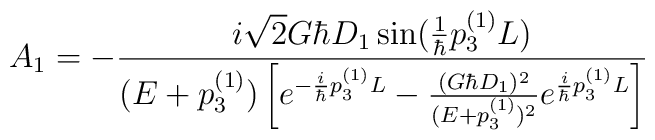
A_1=-\frac{i\sqrt{2}G\hbar D_1\sin(\frac{1}{\hbar}p_3^{(1)}L)} {(E+p_3^{(1)})\left[ e^{-\frac{i}{\hbar}p_3^{(1)}L}-\frac{(G\hbar D_1)^2}{(E+p_3^{(1)})^2} e^{\frac{i}{\hbar}p_3^{(1)}L}\right]}